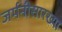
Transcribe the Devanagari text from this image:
जर्मनीसारख्या